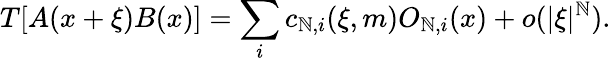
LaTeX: T[A(x+\xi)B(x)]=\sum_{i}c_{\mathbb{N},i}(\xi,m)O_{\mathbb{N},i}(x)+o(\vert\xi\vert^{\mathbb{N}}).